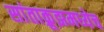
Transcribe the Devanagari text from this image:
सांताक्रूझमध्येच